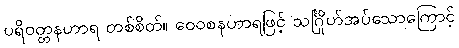
ပရိဝတ္တနဟာရ တစ်စိတ်။ ဝေဝစနဟာရဖြင့် သင်္ဂြိုဟ်အပ်သောကြောင့်